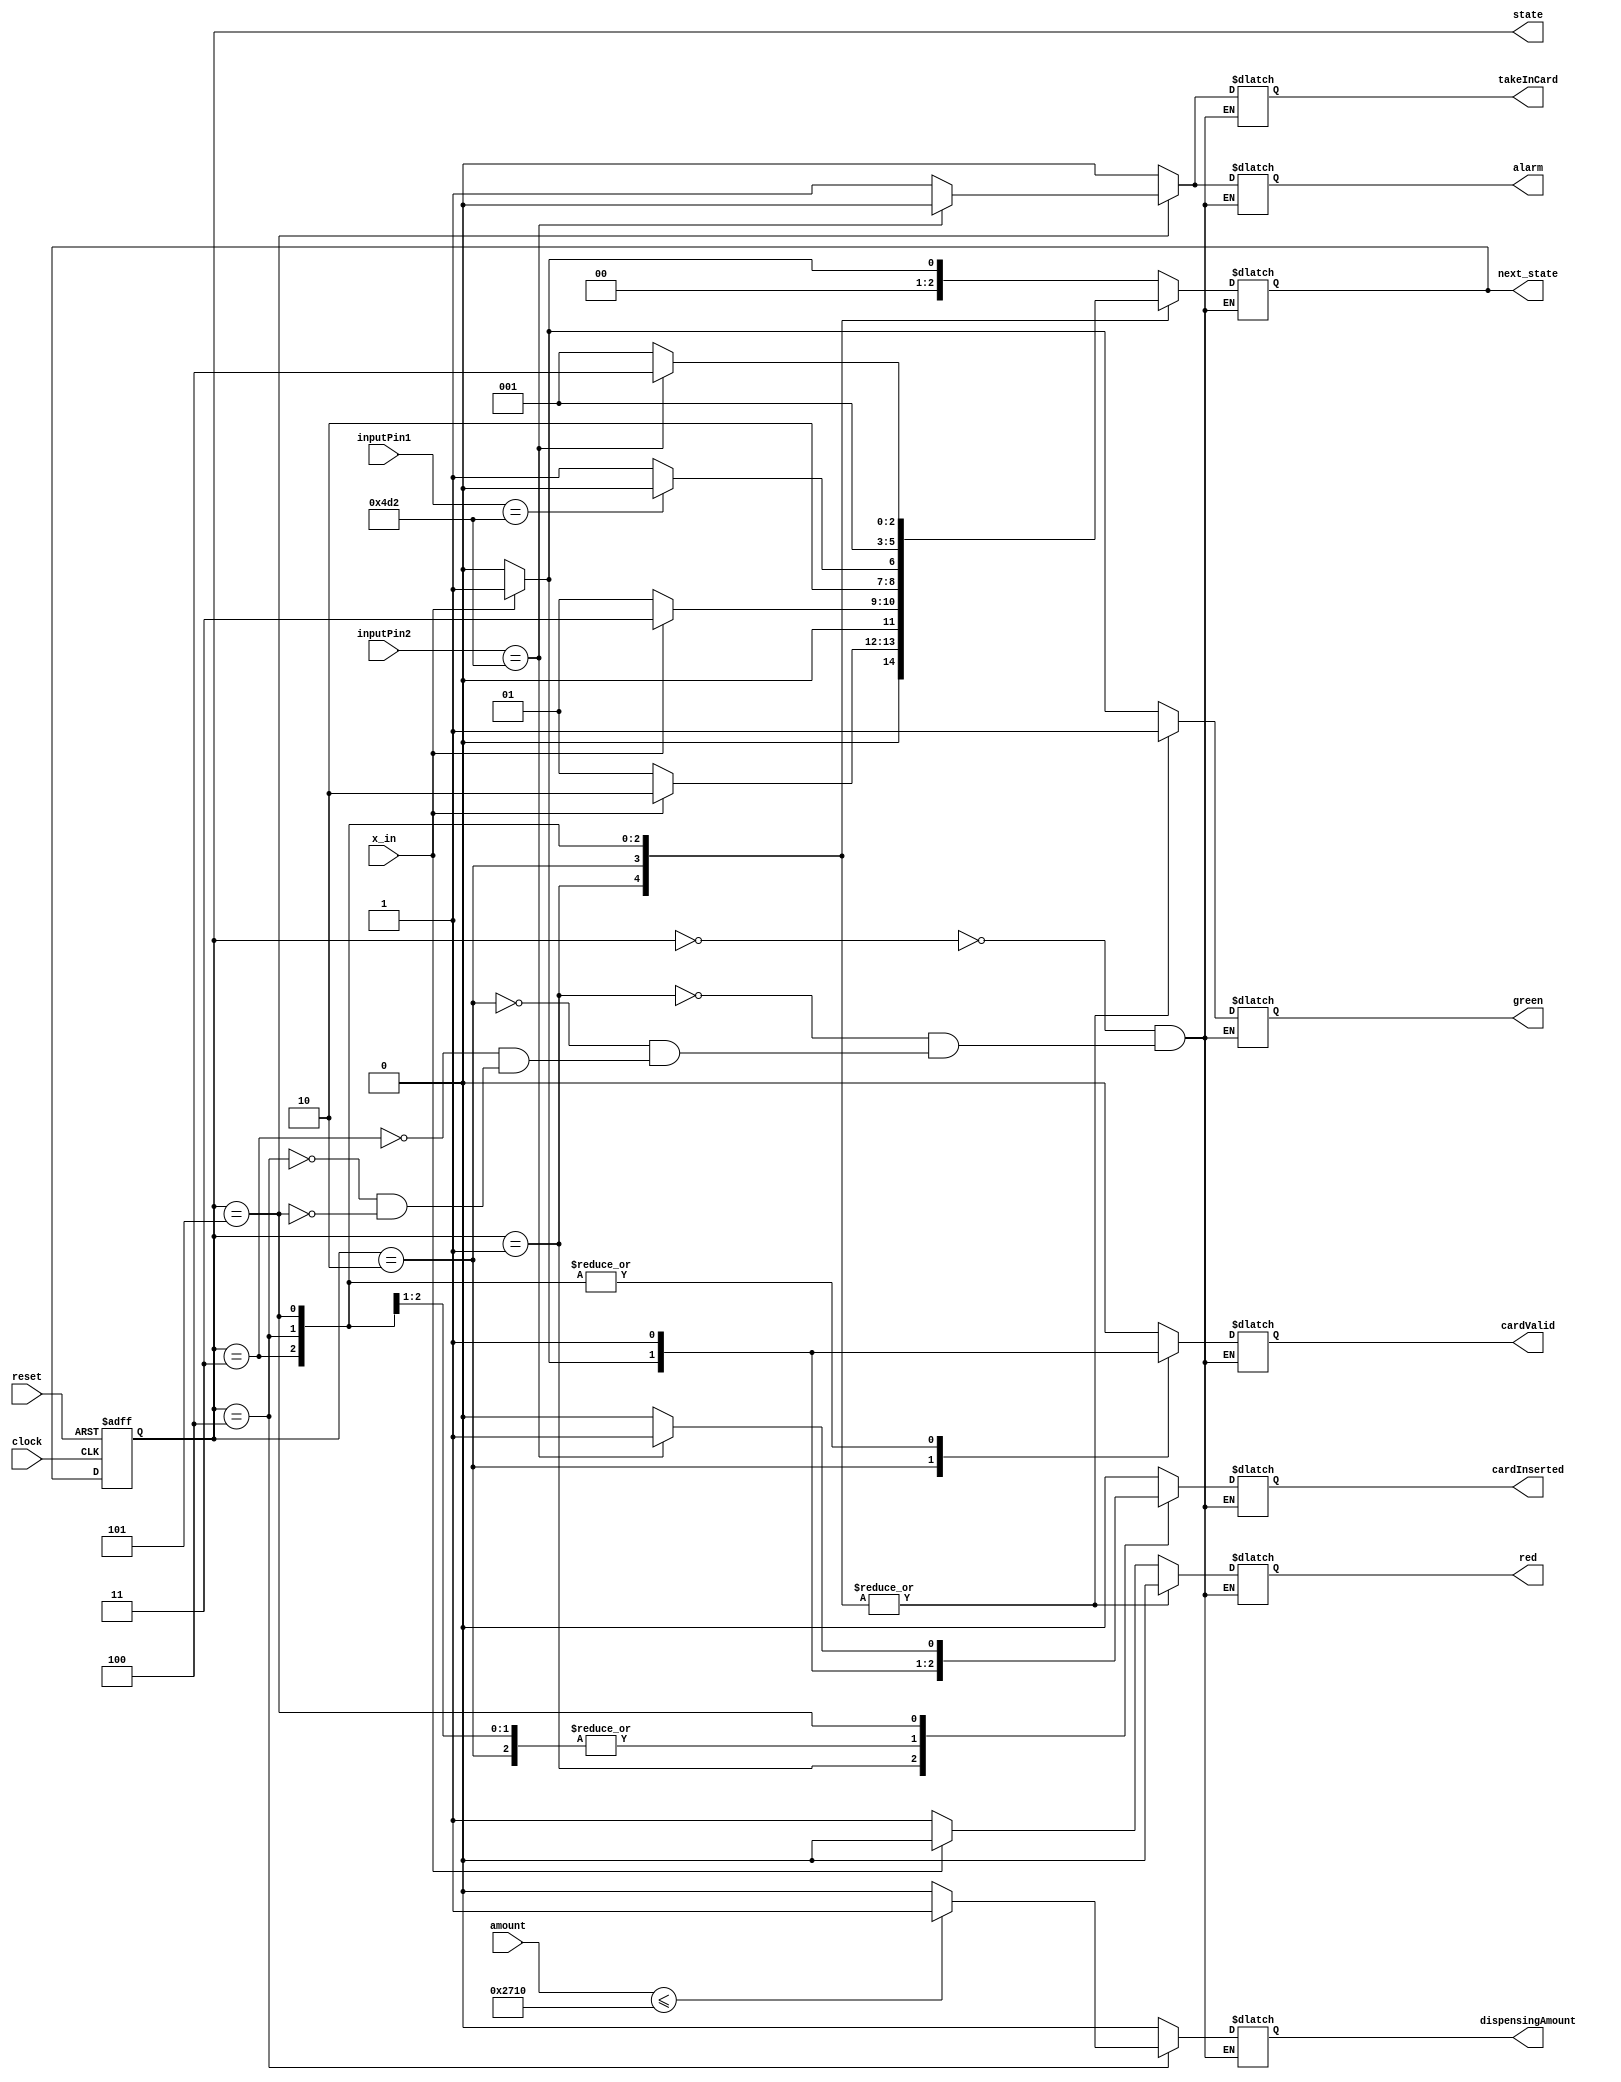
module AtmMachine(                                                                  // module named AtmMachine . 8038
output reg green, red, alarm, cardInserted, cardValid, dispensingAmount, takeInCard, // gives outputs in some messages, like red light, green light, valid card inserted, etc . 8038 
output reg[2:0] state, next_state,                                                  //3 bit outputs state and next_state. 8038
input x_in, clock, reset,                                                           // takes input in x_in, clock and reset . 8038
input[15:0] inputPin1, inputPin2, amount                                            // 16 bit inputs inputPin1, inputPin2 and amount . 8038
);



                                        // DEFINING STATE PARAMETERS FOR EASY COMPARISION . 8038
parameter S0 = 3'd0,                                                                 
          S1 = 3'd1,
          S2 = 3'd2,
          S3 = 3'd3,
          S4 = 3'd4,
          S5 = 3'd5,
          S6 = 3'd6,
          pinValid = 16'd1234,                      //THIS DEFINES PARAMETER PINVALID with 1234 . 8038
          amountAvailable = 16'd10000;              // THIS DEFINES PARAMETER amountAvailable WITH 100000 . 8038

always @(posedge clock, negedge reset)          // CHECKING FOR POSTIVE EDGE CLOCK MOVEMENT AND NEGATIVE EDGE RESET . 8038
    if(reset == 0) state <= S0;                   // SET STATE TO INITIAL STATE IF RESET IS 0 . 8038
    else state <= next_state;                   // ELSE SET STATE TO NEXT_STATE . 8038

always @(state, x_in)                           // check for changes in state or x_in and STATE . 8038
case(state)                                     // case statement on state value . 8038

                // if state is S0 . 8038

S0: if(x_in)                     // if input is 1 then set next state to S1, flash green light and set all other outputs to 0. 8038               
     begin
        next_state = S1;
        green = 1;
        red = 0;
        alarm = 0;
        cardInserted = 0;
        cardValid = 0;
        dispensingAmount = 0;
        takeInCard = 0;
     end
    else                       // if inputs is 0 then set next state to S0, and flash red light , do not proceed (going to rest state). 8038 
     begin
        next_state = S0;
        green = 0;
        red = 1;
        alarm = 0;
        cardInserted = 0;
        cardValid = 0;
        dispensingAmount = 0;
        takeInCard = 0;
     end

                 // if state is S1
S1: if(x_in)                  // if input is 1 then set next state to s2 and flash greenLight , and is inserted. 8038
     begin
        next_state = S2;
        green = 1; 
        red = 0;
        alarm = 0; 
        cardInserted = 1; 
        cardValid = 0; 
        dispensingAmount = 0; 
        takeInCard = 0;
     end
    else                    // if input is 0 then set next state to S1, and set green flash, card is not inserted. 8038
     begin  
        next_state = S1;
        green = 1; 
        red = 0; 
        alarm = 0; 
        cardInserted = 0; 
        cardValid = 0; 
        dispensingAmount = 0; 
        takeInCard = 0;
     end

                // if state is s2 . 8038

S2: if(x_in)                // if input is 1 then set next state to S3, flash green light, card is inserted and is valid. 8038
     begin
        next_state = S3;
        green = 1; 
        red = 0; 
        alarm = 0; 
        cardInserted = 1; 
        cardValid = 1; 
        dispensingAmount = 0; 
        takeInCard = 0;
     end
    else                    // if input is 0 then set next state to S1, flash green light, card is not inserted . 8038
     begin
        next_state = S1;
        green = 1; 
        red = 0; 
        alarm = 0; 
        cardInserted = 1; 
        cardValid = 0; 
        dispensingAmount = 0; 
        takeInCard = 0;
     end

            // if state is S3 . 8038

S3: if(inputPin1==pinValid)    
     begin                  // if first pin is valid then set next state to S4, and flash green light. ( as card is inserted and pin is right) . 8038 
        next_state = S4;
        green = 1;
        red = 0; 
        alarm = 0; 
        cardInserted = 1; 
        cardValid = 1; 
        dispensingAmount = 0; 
        takeInCard = 0;
     end
    else                    // if pin is invalid then set next state to S5 . 8038
     begin
       next_state = S5;
       green = 1; 
       red = 0;
       alarm = 0; 
       cardInserted = 1; 
       cardValid = 1; 
       dispensingAmount = 0; 
       takeInCard = 0;
     end
           // if state is S4 . 8038
S4: if(amount<=amountAvailable)    
     begin              //if amount asked is less than the amount in the bank then set next state to S1. AMOUNT IS DISPENSED HERE. 8038
       next_state = S1;
       green = 1; 
       red = 0; 
       alarm = 0; 
       cardInserted = 1; 
       cardValid = 1; 
       dispensingAmount = 1; 
       takeInCard = 0;
     end
    else 
     begin              // if amount asked is more than the amount in the bank then set next state to S1. AMOUNT IS NOT DISPENSED HERE. 8038
       next_state = S1;
       green = 1; 
       red = 0; 
       alarm = 0; 
       cardInserted = 1; 
       cardValid = 1; 
       dispensingAmount = 0; 
       takeInCard = 0;
     end
          
            // if state is S5 . 8038

S5: if(inputPin2 == pinValid)
     begin                // if pin is valid the second time then next state is S4. Amount is asked to the user. 8038
       next_state = S4;
       green = 1; 
       red = 0; 
       alarm = 0; 
       cardInserted = 1; 
       cardValid = 1; 
       dispensingAmount = 0; 
       takeInCard = 0;
     end
    else                 // if the pin is invalid the second time then next state is set to S1, card is taken In and alarm is raised. 8038 
     begin
       next_state = S1;
       green = 1; 
       red = 0; 
       alarm = 1; 
       cardInserted = 0; 
       cardValid = 1; 
       dispensingAmount = 0; 
       takeInCard = 1;
     end
    endcase             // end of case statement . 8038
endmodule               // end of module named Atm_Machine . 8038